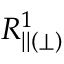
R _ { | | ( \perp ) } ^ { 1 }